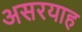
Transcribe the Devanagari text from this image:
असरयाह